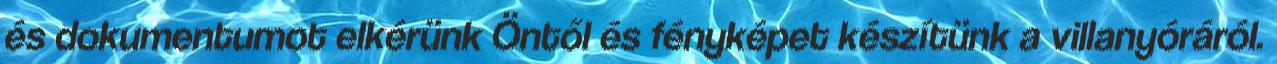
és dokumentumot elkérünk Öntől és fényképet készítünk a villanyóráról.